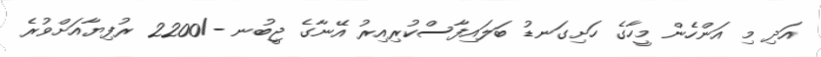
އަދި މި އަންހެން މީހާގެ ހަށިގަނޑު ބަލައިފާސްކުރިއިރު އޭނާގެ ޖީބުނ -/2200 ރުފިޔާއަށްވުރެ